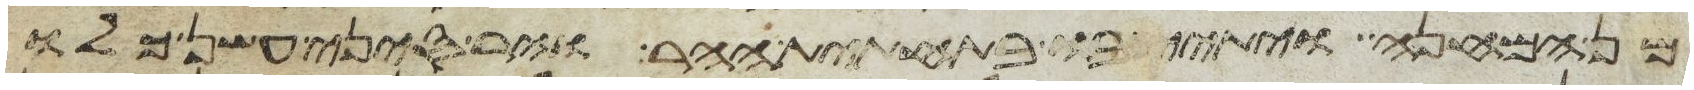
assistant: מן המחנה ויתיצבו בתחתית ההר והר סיני עשן כלו